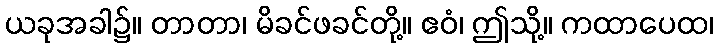
ယခုအခါ၌။ တာတာ၊ မိခင်ဖခင်တို့။ ဧဝံ၊ ဤသို့။ ကထာပေထ၊